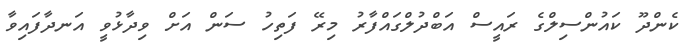
ކެންދޫ ކައުންސިލްގެ ރައީސް އަބްދުލްގައްފާރު މިރޭ ފަތިހު ސަން އަށް ވިދާޅުވީ އަނދާފައިވާ